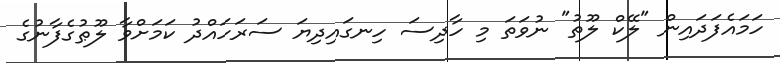
ހަމައެފަދައިން "ލޭކް ލޫތު" ނުވަތަ މި ހާދިސަ ހިނގައިދިޔަ ސަރަހައްދު ކަމަށްވާ ލޫޠުގެފާނުގެ